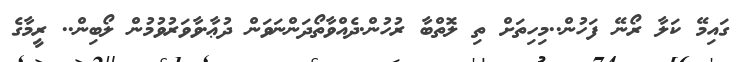
ގައިމޭ ކަލާ ރޯނޭ ފަހުން..މިހިތަށް ތި ލޮތްބާ ރުހުން.ދެއްވާތޯދަންނަވަން ދުޢާ.ވާވަރުވުމުން ލޯބިން.. ރީމާގެ